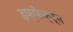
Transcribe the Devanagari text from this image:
इफ्फेक्ट्स